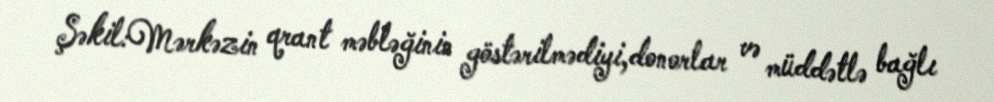
Şəkil:Mərkəzin qrant məbləğinin göstərilmədiyi,donorlar və müddətlə bağlı